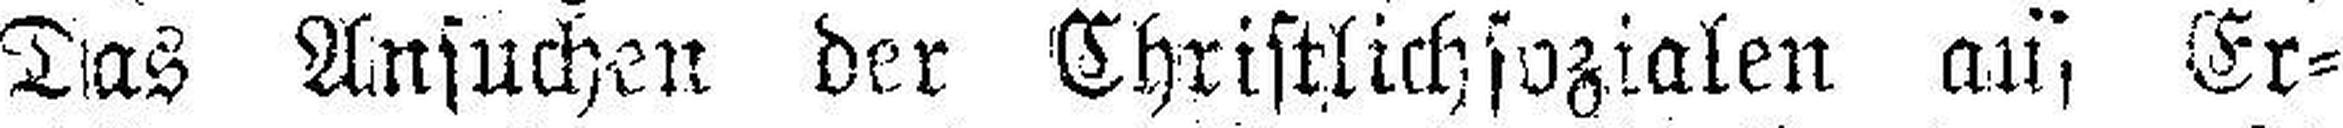
Das Ansuchen der Christlichsozialen auf Er¬